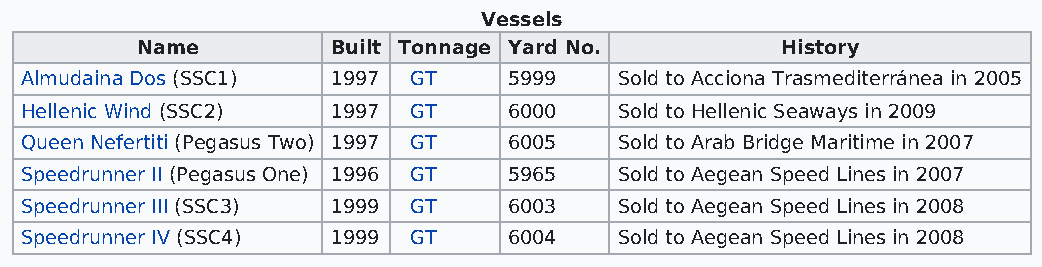
Vessels
 Name         Built Tonnage Yard No.        History
 Almudaina Dos (SSC1) 1997 GT     5999   Sold to Acciona Trasmediterránea in 2005
 Hellenic Wind (SSC2) 1997 GT     6000   Sold to Hellenic Seaways in 2009
 Queen Nefertiti (Pegasus Two) 1997 GT 6005 Sold to Arab Bridge Maritime in 2007
 Speedrunner II (Pegasus One) 1996 GT 5965 Sold to Aegean Speed Lines in 2007
 Speedrunner III (SSC3) 1999 GT   6003   Sold to Aegean Speed Lines in 2008
 Speedrunner IV (SSC4) 1999 GT    6004   Sold to Aegean Speed Lines in 2008